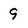
Character: 9